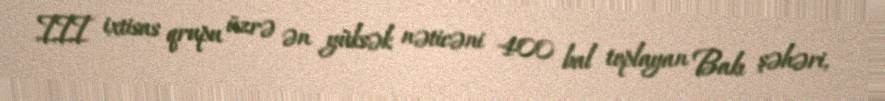
III ixtisas qrupu üzrə ən yüksək nəticəni 400 bal toplayan Bakı şəhəri,